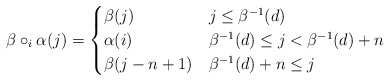
\begin{align*} \beta\circ_i \alpha(j)=\begin{cases}\beta(j) & j\leq \beta^{-1}(d) \\\alpha(i) & \beta^{-1}(d) \leq j < \beta^{-1}(d)+n\\\beta(j-n+1) & \beta^{-1}(d)+n \leq j\end{cases}\end{align*}